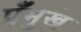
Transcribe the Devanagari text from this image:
प्रँमुख